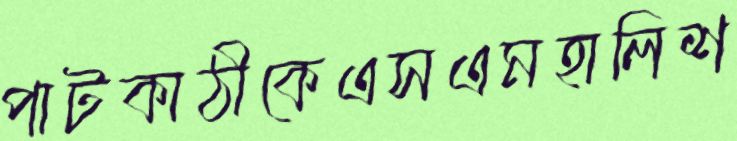
পাটকাঠীকেএসএমহালিশ